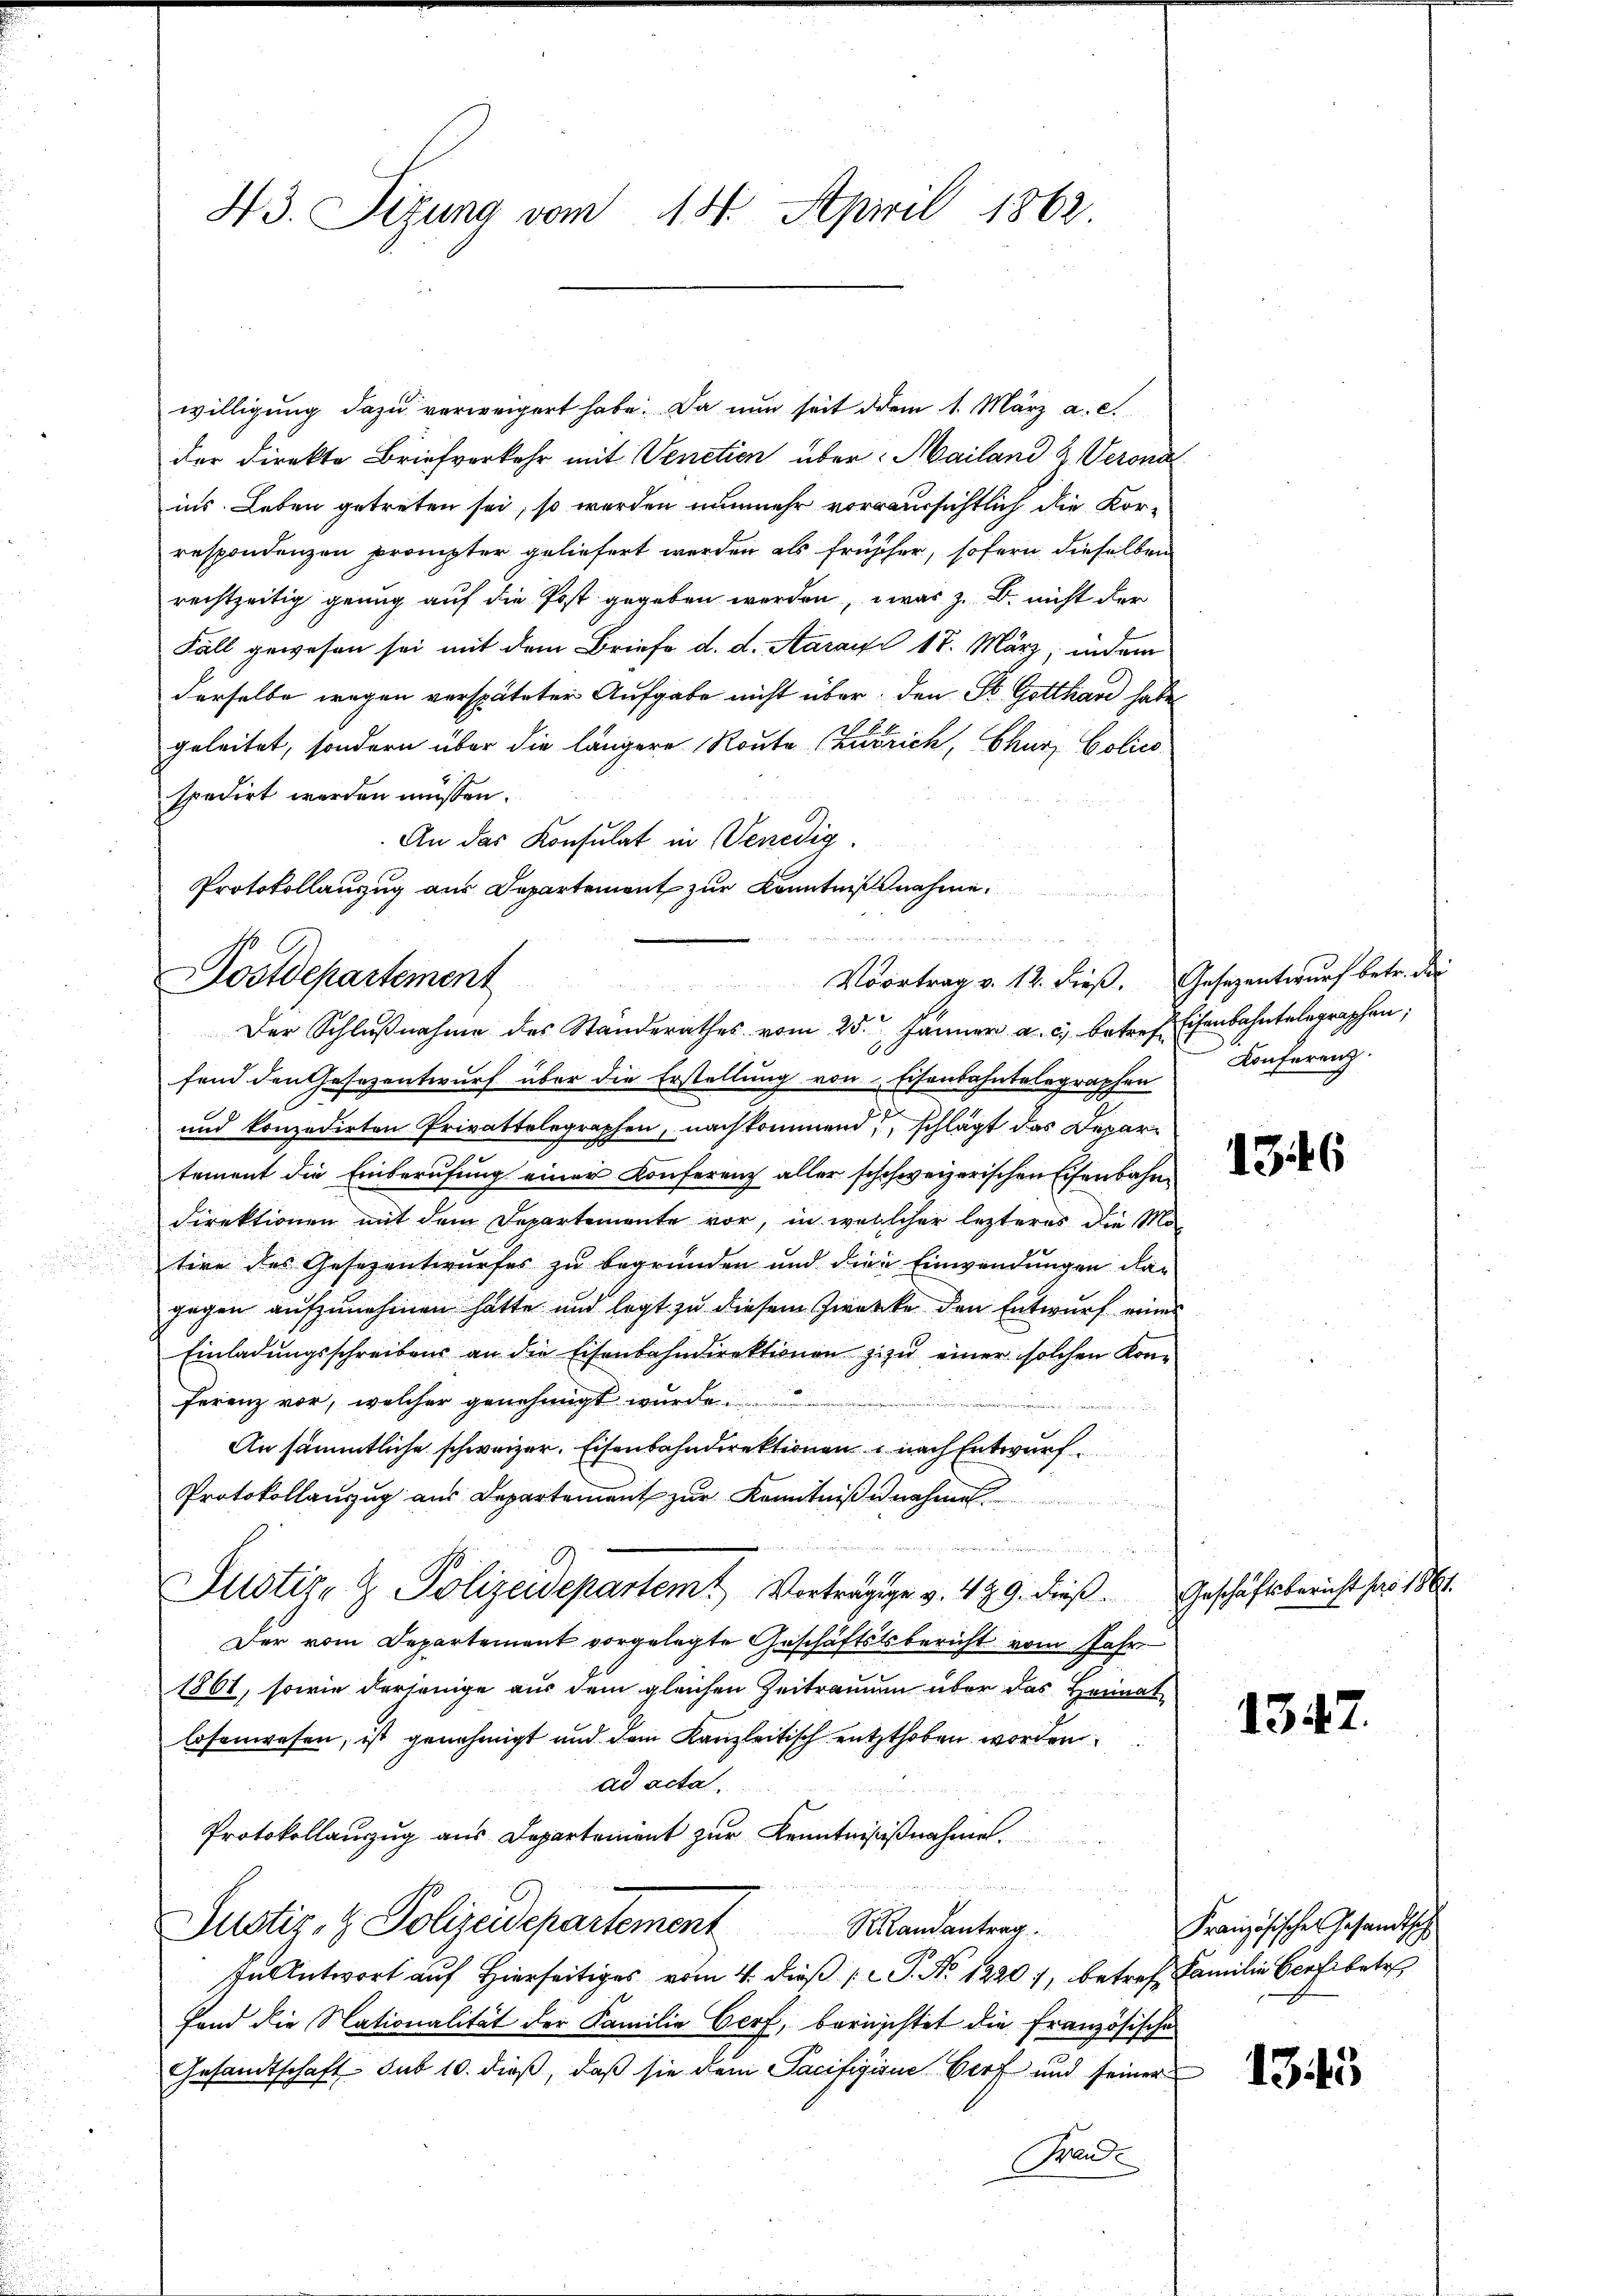
u

.

43. Sizung vom 14. April 1862.

willigung dazu verweigert habe. Da nun seit dem 1. März a. c.
der Direkte Briefverkehr mit Venetien über: Mailand & Verona
ins Leben getreten sei, so werden nunmehr voraussichtlich die Kor-
respondenzen prompter geliefert werden als früher, sofern dieselben
rechtzeitig genug auf die Post gegeben werden, was z. B. nicht der
Fall gewesen sei mit dem Briefe d. d. Aarauf 17. März, indem
derselbe wegen verspäteter Aufgabe nicht über den St. Gotthard habe
geleitet, sondern über die längere Route Zutrich, Churz Golico-
spedirt werden müssen.
An das Konsulat in Venedig
Protokollanzug aus Departement zur Kenntnißnahme.
u

Voortrag v. 12. dieß. Gesezentwurf betr. der
ostdepartement
Der Schlŭβnahme des Standerathes vom 25. Jänner a. c. betref Eisenbahntelegraphen,

fend den Gesezentwurf über die Erstellung von Eisenbahntelegraphen
und konzedirten Privattelegraphen, nachkommend, schlägt das Departement die Einberufung einer Konferenz aller schchweizerischen Eisenbahn¬
Direktionen mit dem Departemente vor, in welcher lezteres die Motere des Gesezentwurfes zu begründen und die Einwendungen dagegen aufzunehmen hatte und legt zu diesem Zwecke den Entwurf eines
Einladungsschreibens an die Eisenbahndirektionen zu einer solchen Konferenz vor, welcher genehmigt wurde.
An sämmtliche schweizer. Eisenbahndirektionen nach Entwurf
Protokollauszug aus Departement zur Kenntniß unehme
Justiz- & Polizeidepartemt Vorträgige v. 489. dieß. Geschäftsbericht für 1861
Der vom Departement vorgelegte Geschäftstsbericht vom Jahr
1861, sowie derjenige aus dem gleichen Zeitraum über das Heimatlosenwesen, ist genehmigt und dem Kanzleitisch entzthoben worden.
ad acta.
Protokollauszug aus Departement zur Kenntnißnahme.

Justiz- & Polizeidepartement andantrag:
In Antwort auf Hierseitiges vom 4. dieß P. No. 12201, betref Familie Genf betr
fand die Nationalität der Familie Gerf, berischtet die Französischen
Gesandtschaft sub 10. dieß, daß sie dem Sacifigione Dorf und seiner
Mu

Konferenz.

1346

1347

1345

Französisches Gesandtisch